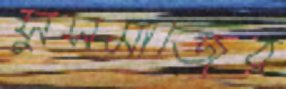
সুসমাজের